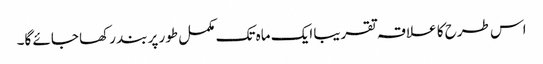
اس طرح کا علاقہ تقریبا ایک ماہ تک مکمل طور پر بند رکھا جائے گا۔